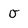
Character: 0